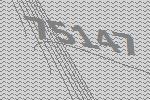
75147